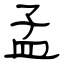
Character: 孟